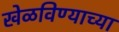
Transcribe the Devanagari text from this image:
खेळविण्याच्या